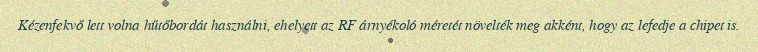
Kézenfekvő lett volna hűtőbordát használni, ehelyett az RF árnyékoló méretét növelték meg akként, hogy az lefedje a chipet is.